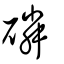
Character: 磷